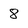
Character: 8